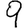
Digit: 9